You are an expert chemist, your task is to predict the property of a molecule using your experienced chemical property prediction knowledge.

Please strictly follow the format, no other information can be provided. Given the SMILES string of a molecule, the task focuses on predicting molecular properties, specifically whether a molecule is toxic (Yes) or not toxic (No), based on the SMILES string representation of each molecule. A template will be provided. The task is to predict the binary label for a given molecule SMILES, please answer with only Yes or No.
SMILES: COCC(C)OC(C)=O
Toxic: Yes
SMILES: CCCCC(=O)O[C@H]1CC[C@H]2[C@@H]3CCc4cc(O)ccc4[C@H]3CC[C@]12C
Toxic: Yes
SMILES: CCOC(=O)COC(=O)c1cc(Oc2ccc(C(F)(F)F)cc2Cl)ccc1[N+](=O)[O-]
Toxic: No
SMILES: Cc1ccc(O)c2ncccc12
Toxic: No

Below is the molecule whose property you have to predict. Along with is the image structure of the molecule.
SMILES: O=C1[C@H]2[C@@H]3CC[C@@H](C3)[C@H]2C(=O)N1CCCCN1CCN(c2ncccn2)CC1
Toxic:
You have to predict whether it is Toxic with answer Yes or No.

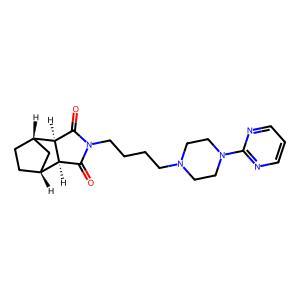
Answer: No